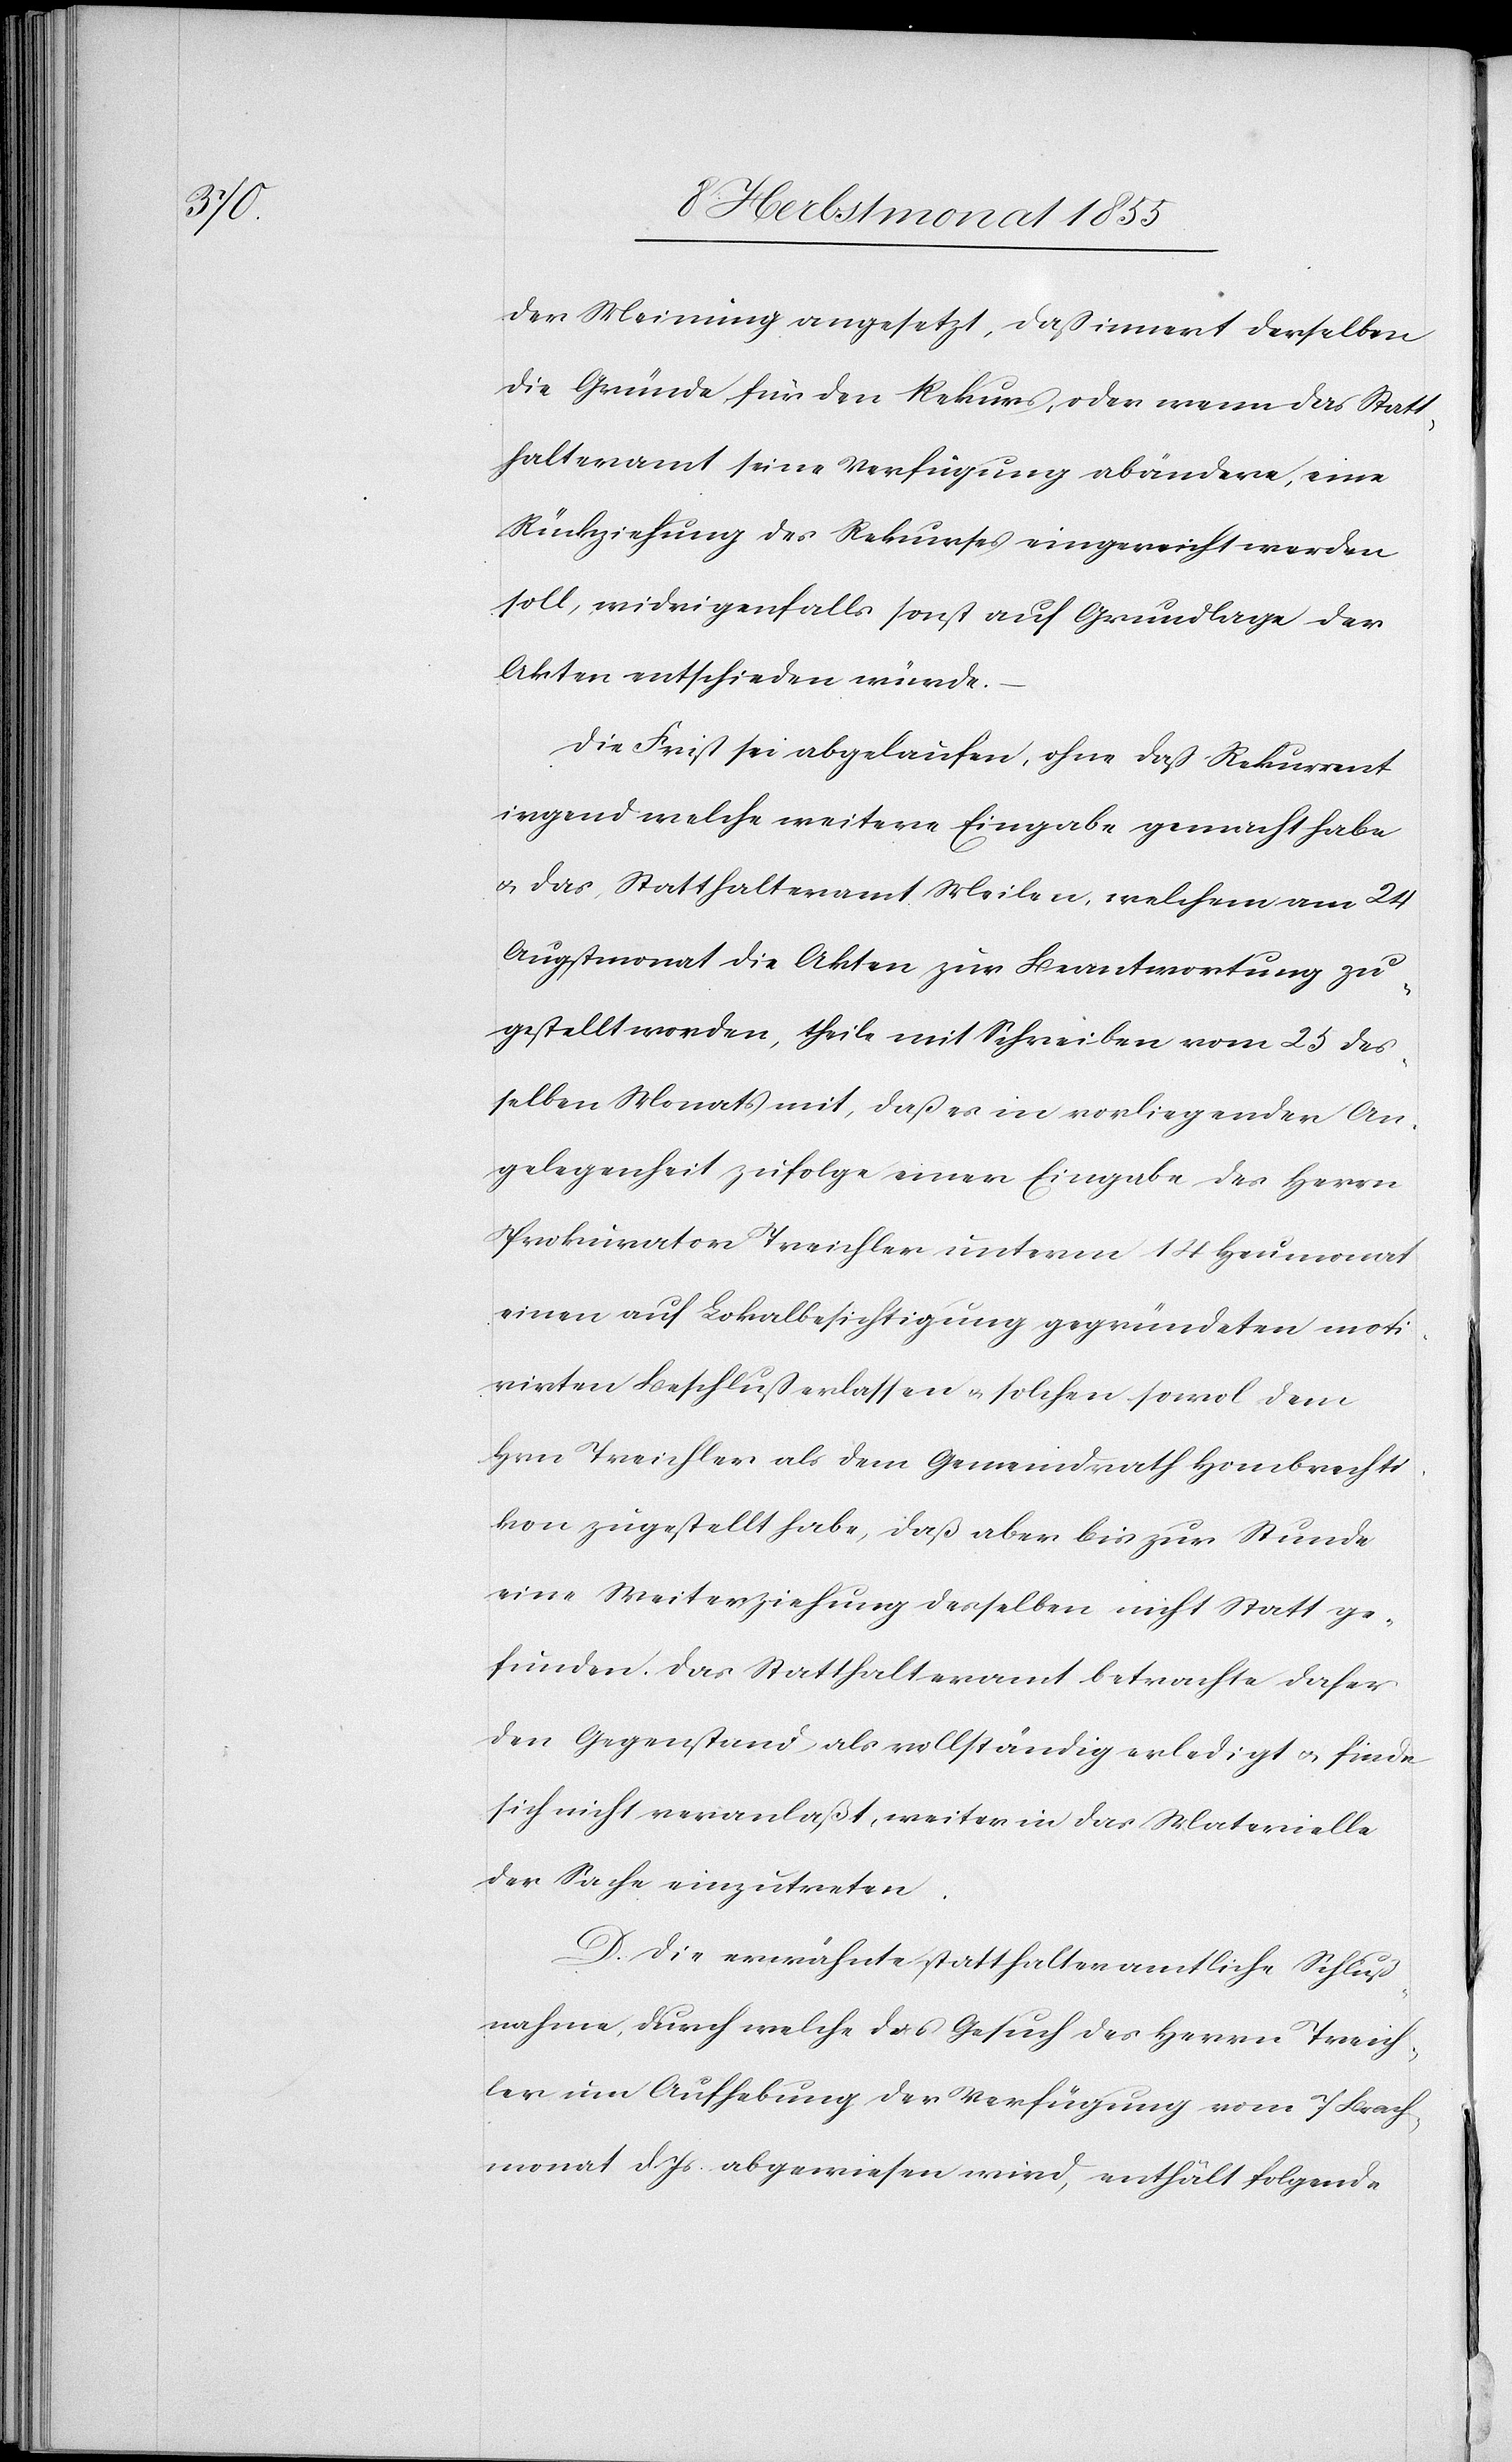
der Meinung angesetzt, daß innert derselben
die Gründe für den Rekurs, oder wenn das Statt¬
halteramt seine Verfügung abändere, eine
Rückziehung des Rekurses eingereicht werden
soll, widrigenfalls sonst auf Grundlage der
Akten entschieden würde.
Die Frist sei abgelaufen, ohne daß Rekurrent
irgend welche weitere Eingabe gemacht habe
& das Statthalteramt Meilen, welchem am 24
Augstmonat die Akten zur Beantwortung zu¬
gestellt worden, theile mit Schreiben vom 25 des¬
selben Monats mit, daß es in vorliegender An¬
gelegenheit zufolge einer Eingabe des Herrn
Prokurator Treichler unterm 14 Heumonat
einen auf Lokalbesichtigung gegründeten moti¬
virten Beschluß erlassen & solchen sowol dem
Hrn Treichler als dem Gemeindrath Hombrechti¬
kon zugestellt habe, daß aber bis zur Stunde
eine Weiterziehung desselben nicht Statt ge¬
funden. Das Statthalteramt betrachte daher
den Gegenstand als vollständig erledigt & finde
sich nicht veranlaßt, weiter in das Materielle
der Sache einzutreten.
D. Die erwähnte statthalteramtliche Schluß¬
nahme, durch welche das Gesuch des Herrn Treich¬
ler um Aufhebung der Verfügung vom 7 Brach¬
monat d. Js abgewiesen wird, enthält folgende